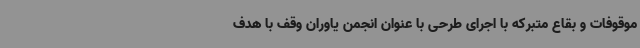
موقوفات و بقاع متبرکه با اجرای طرحی با عنوان انجمن یاوران وقف با هدف